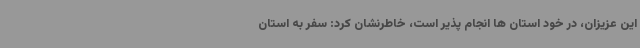
این عزیزان، در خود استان ها انجام پذیر است، خاطرنشان کرد: سفر به استان